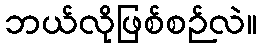
ဘယ်လိုဖြစ်စဉ်လဲ။